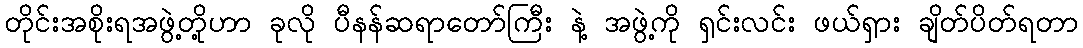
တိုင်းအစိုးရအဖွဲ့တို့ဟာ ခုလို ပီနန်ဆရာတော်ကြီး နဲ့ အဖွဲ့ကို ရှင်းလင်း ဖယ်ရှား ချိတ်ပိတ်ရတာ